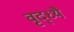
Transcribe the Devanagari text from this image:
वृद्ध्यै